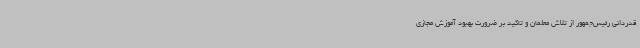
قدردانی رئیس‌جمهور از تلاش معلمان و تاکید بر ضرورت بهبود آموزش مجازی